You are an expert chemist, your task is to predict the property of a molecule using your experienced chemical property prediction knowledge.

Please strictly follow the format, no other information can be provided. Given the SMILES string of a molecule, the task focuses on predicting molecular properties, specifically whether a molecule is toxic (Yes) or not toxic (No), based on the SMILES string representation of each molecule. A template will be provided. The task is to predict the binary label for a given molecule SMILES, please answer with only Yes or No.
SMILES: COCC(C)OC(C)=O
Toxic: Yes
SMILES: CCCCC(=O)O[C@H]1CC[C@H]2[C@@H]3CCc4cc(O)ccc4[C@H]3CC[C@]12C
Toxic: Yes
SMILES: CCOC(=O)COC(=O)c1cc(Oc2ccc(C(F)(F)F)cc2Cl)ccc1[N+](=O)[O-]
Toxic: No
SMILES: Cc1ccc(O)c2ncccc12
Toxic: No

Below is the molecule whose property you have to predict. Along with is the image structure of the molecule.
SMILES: C=CCOC(=O)CCCCCC
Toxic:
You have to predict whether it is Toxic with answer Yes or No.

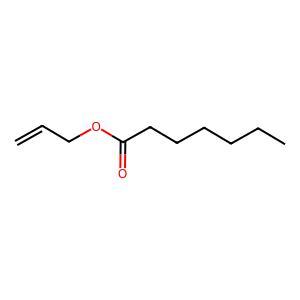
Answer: No